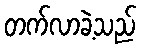
တက်လာခဲ့သည်